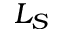
L _ { S }